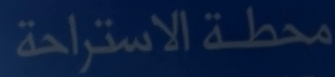
محطة الاستراحة